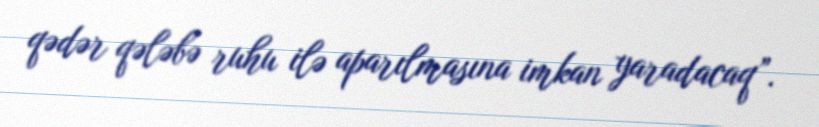
qədər qələbə ruhu ilə aparılmasına imkan yaradacaq”.